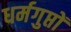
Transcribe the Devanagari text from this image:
धर्मगुप्तों